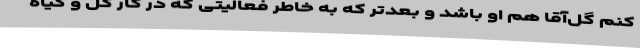
کنم گل‌آقا هم او باشد و بعدتر که به خاطر فعالیتی که در کار گل و گیاه